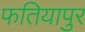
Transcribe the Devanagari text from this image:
फतियापुर